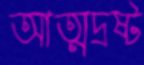
আত্মদ্রষ্ট